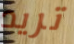
تريد